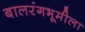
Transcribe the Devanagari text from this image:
बालरंगभूमीला